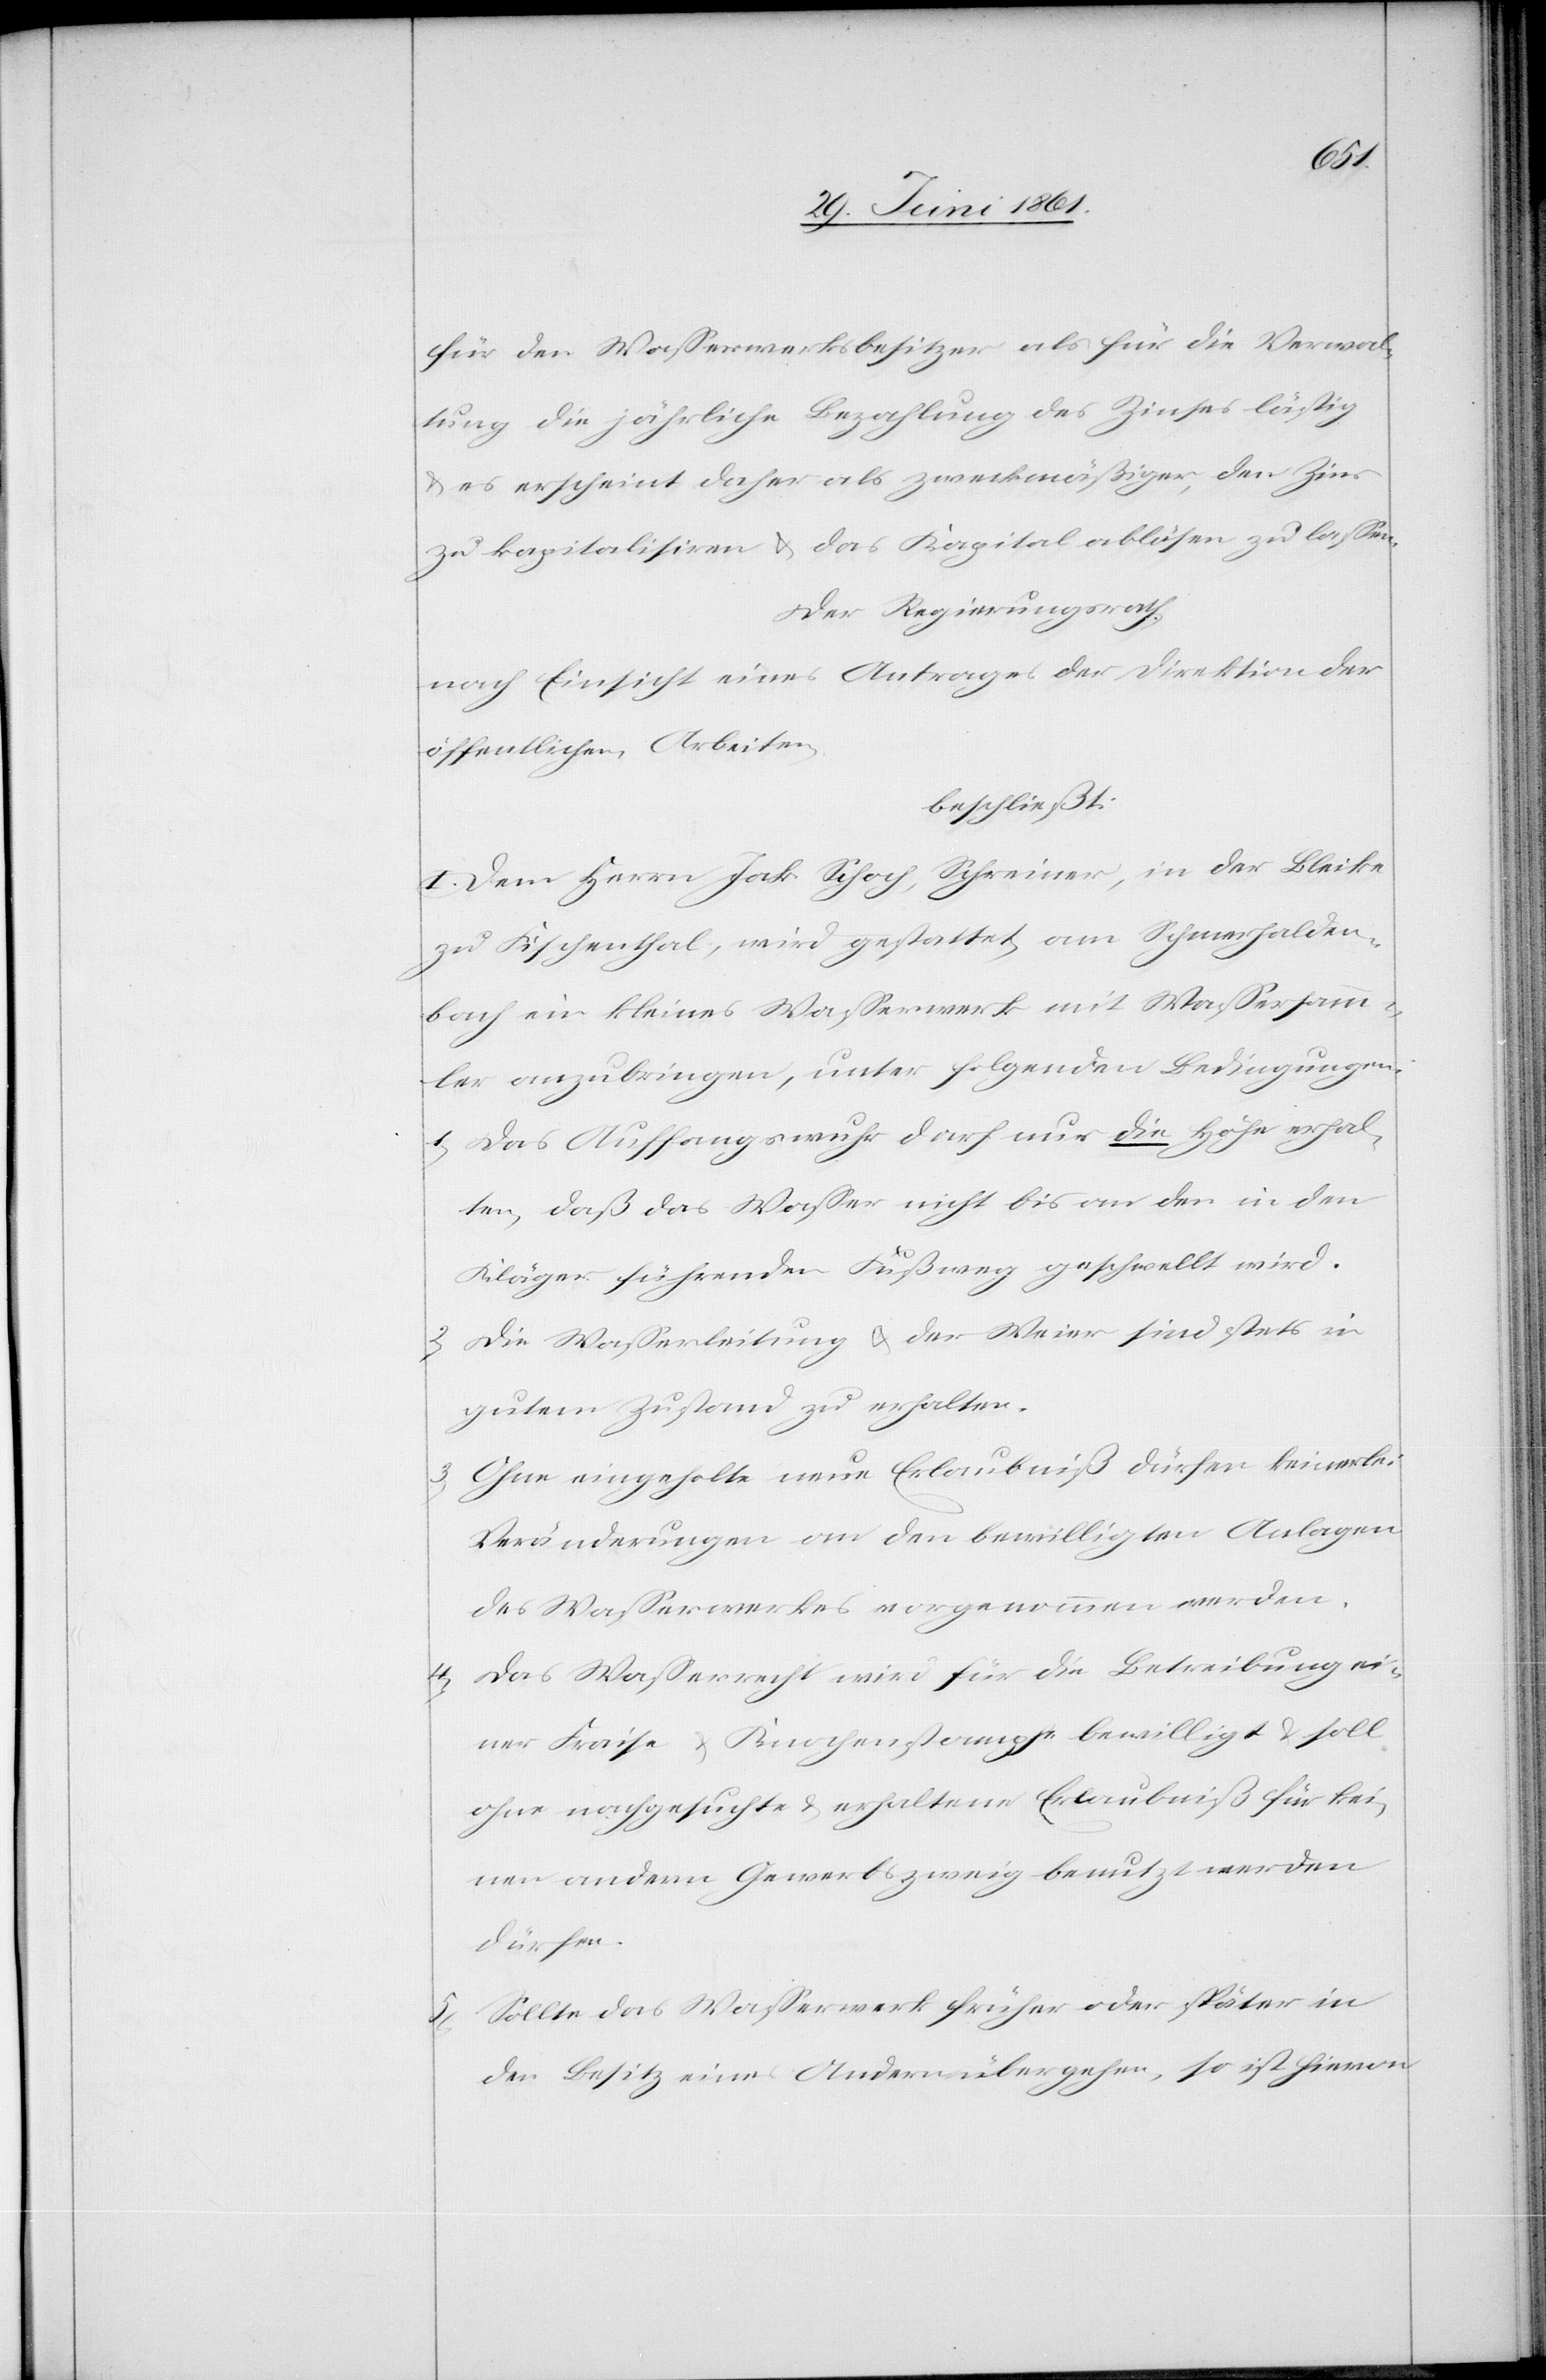
für den Wasserwerksbesitzer als für die Verwal¬
tung die jährliche Bezahlung des Zinses lästig
u. es erscheint daher als zweckmäßiger, den Zins
zu kapitalisiren u. das Kapital ablösen zu lassen.
Der Regierungsrath,
nach Einsicht eines Antrages der Direktion der
öffentlichen Arbeiten,
beschließt:
I. Dem Herrn Jak. Schoch, Schreiner, in der Bleike
zu Fischenthal, wird gestattet, am Schmerhalden¬
bach ein kleines Wasserwerk mit Wassersamm¬
ler anzubringen, unter folgenden Bedingungen:
1) Das Auffangswuhr darf nur die Höhe erhal¬
ten, daß das Wasser nicht bis an den in den
Kläger führenden Fußweg geschwellt wird.
2) Die Wasserleitung u. der Weier sind stets in
gutem Zustande zu erhalten.
3) Ohne eingeholte neue Erlaubniß dürfen keinerlei
Veränderungen an den bewilligten Anlagen
des Wasserwerkes vorgenommen werden.
4) Das Wasserrecht wird für die Betreibung ei¬
ner Fraise u. Knochenstampfe bewilligt u. soll
ohne nachgesuchte u. erhaltene Erlaubniß für kei¬
nen andern Gewerbszweig benutzt werden
dürfen.
5) Sollte das Wasserwerk früher oder später in
den Besitz eines Andern übergehen, so ist hievon